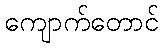
ကျောက်တောင်